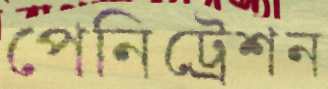
পেনিট্রেশন